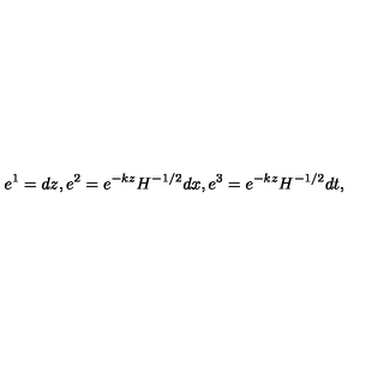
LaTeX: e ^ { 1 } = d z , e ^ { 2 } = e ^ { - k z } H ^ { - 1 / 2 } d x , e ^ { 3 } = e ^ { - k z } H ^ { - 1 / 2 } d t ,